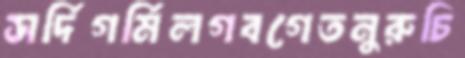
সর্দিগর্মিলগবগেতনুরুচি